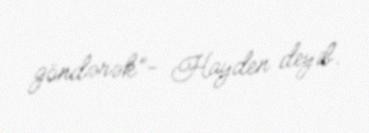
göndərək”- Hayden deyib.